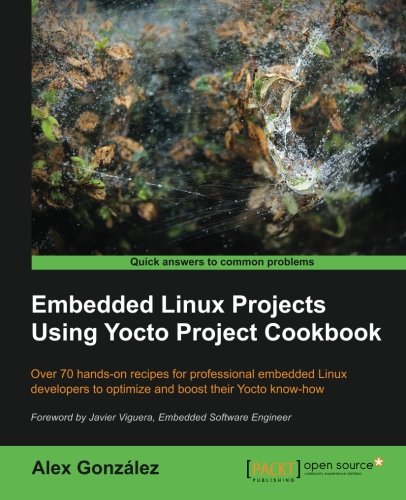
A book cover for Embedded Linux Projects Using Yocto Project Cookbook; Alex Gonzalez; Computers & Technology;